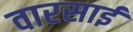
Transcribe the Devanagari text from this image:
वारसाई